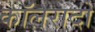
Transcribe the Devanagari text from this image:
कॉलरादो